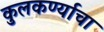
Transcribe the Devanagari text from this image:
कुलकर्ण्याचा